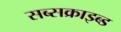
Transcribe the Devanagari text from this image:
सब्सक्राइब्ड